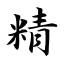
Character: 精